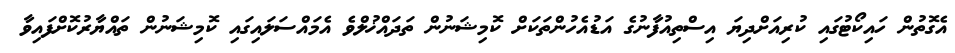
އެގޮތުން ހައިކޯޓުގައި ކުރިއަށްދިޔަ އިސްތިއުފާނުގެ އަޑުއެހުންތަކަށް ކޮމިޝަނުން ތަދައްޚުލްވެ އެމައްސަލައިގައި ކޮމިޝަނުން ތައްޔާރުކޮށްފައިވާ